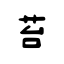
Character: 苔